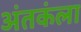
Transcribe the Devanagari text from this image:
अंतकंला